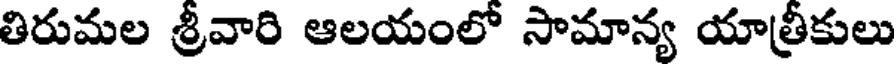
తిరుమల శ్రీవారి ఆలయంలో సామాన్య యాత్రీకులు